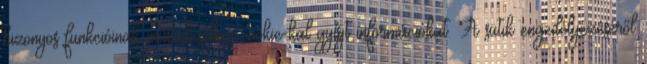
bizonyos funkcióinak működéséhez cookie-kal gyűjt információkat. A sütik engedélyezéséről